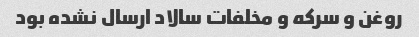
روغن و سرکه و مخلفات سالاد ارسال نشده بود